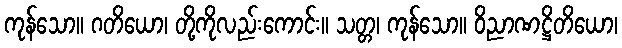
ကုန်သော။ ဂတိယော၊ တို့ကိုလည်းကောင်း။ သတ္တ၊ ကုန်သော။ ဝိညာဏဋ္ဌိတိယော၊